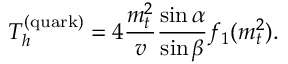
T _ { h } ^ { ( \mathrm { q u a r k } ) } = 4 \frac { m _ { t } ^ { 2 } } { v } \frac { \sin \alpha } { \sin \beta } f _ { 1 } ( m _ { t } ^ { 2 } ) .